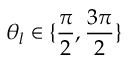
\theta _ { l } \in \{ \frac { \pi } { 2 } , \frac { 3 \pi } { 2 } \}